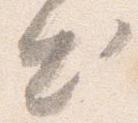
出